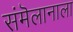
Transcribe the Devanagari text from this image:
संमॆलानाला